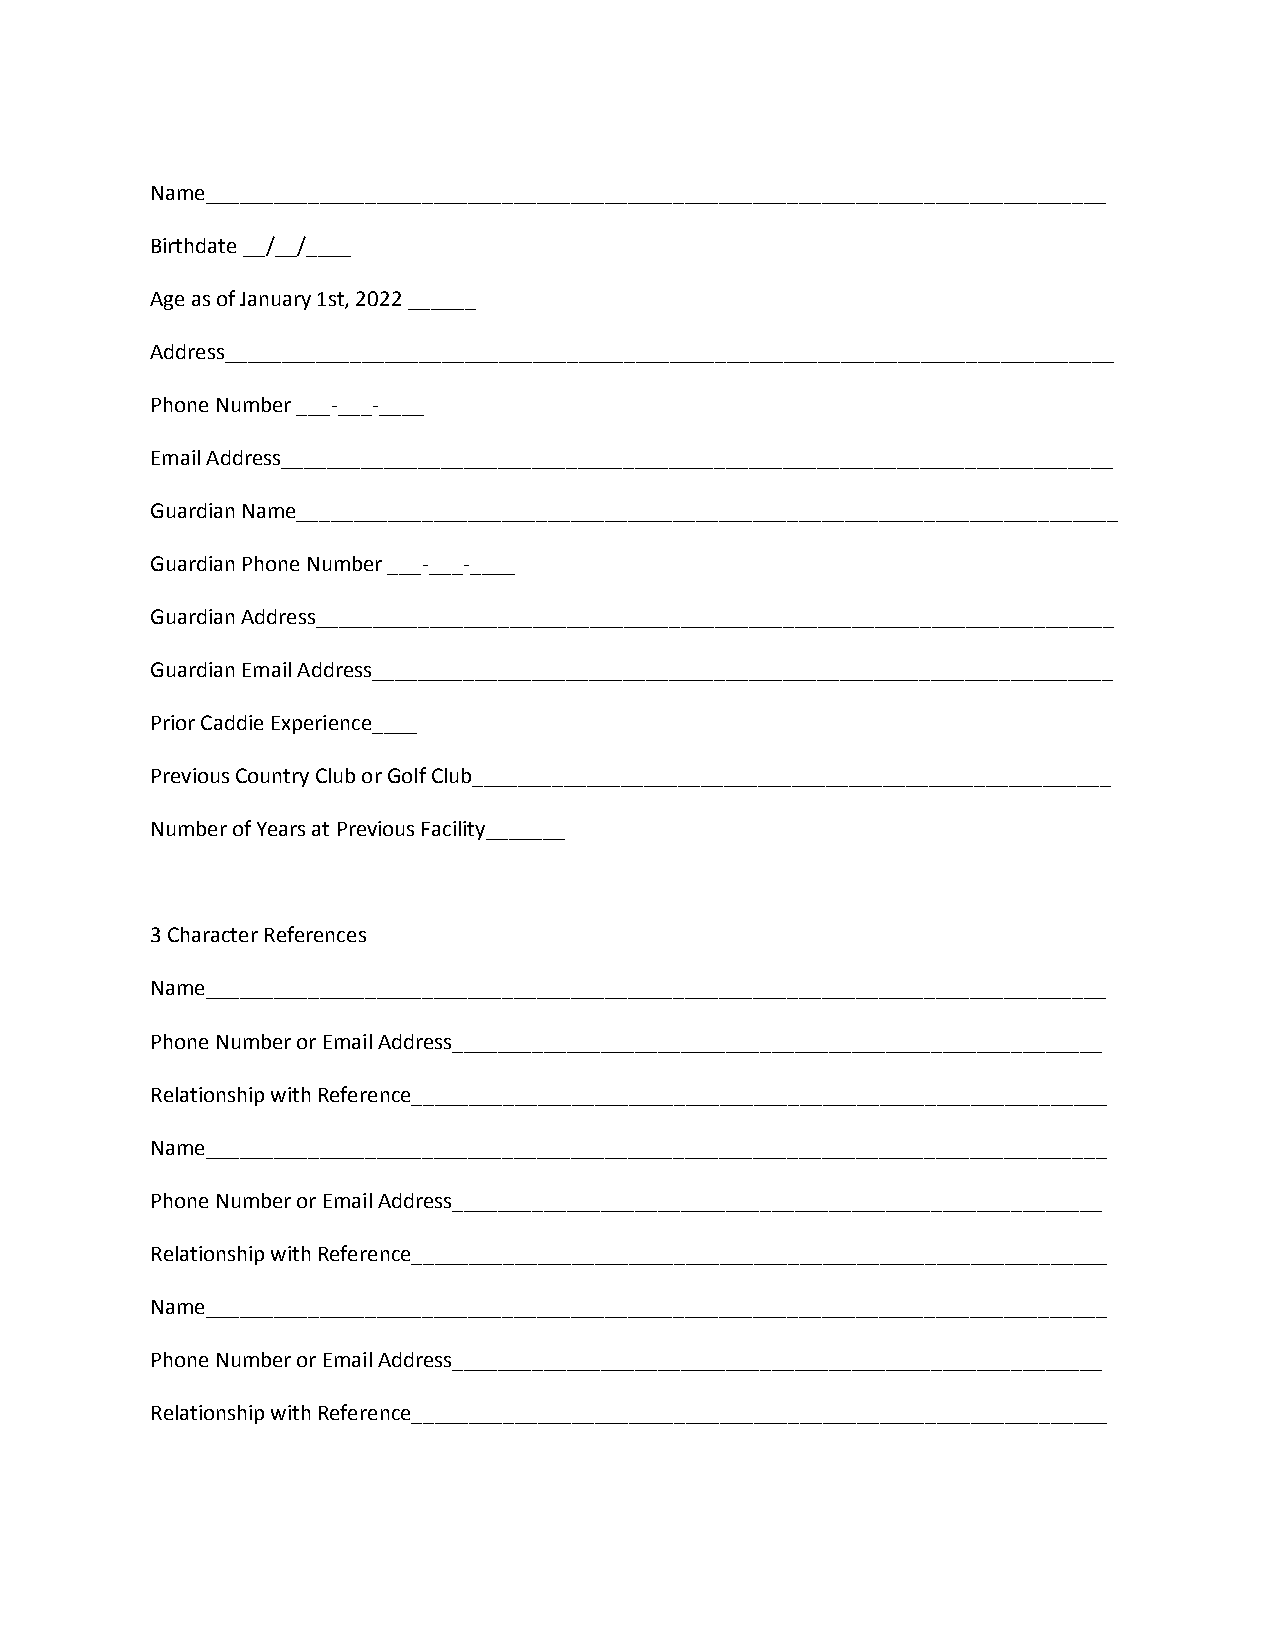
Name_______________________________________________________________________________
 Birthdate __/__/____
 Age as of January 1st, 2022 ______
 Address______________________________________________________________________________
 Phone Number ___-___-____
 Email Address_________________________________________________________________________
 Guardian Name________________________________________________________________________
 Guardian Phone Number ___-___-____
 Guardian Address______________________________________________________________________
 Guardian Email Address_________________________________________________________________
 Prior Caddie Experience____
 Previous Country Club or Golf Club________________________________________________________
 Number of Years at Previous Facility_______
 3 Character References
 Name_______________________________________________________________________________
 Phone Number or Email Address_________________________________________________________
 Relationship with Reference_____________________________________________________________
 Name_______________________________________________________________________________
 Phone Number or Email Address_________________________________________________________
 Relationship with Reference_____________________________________________________________
 Name_______________________________________________________________________________
 Phone Number or Email Address_________________________________________________________
 Relationship with Reference_____________________________________________________________